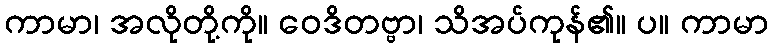
ကာမာ၊ အလိုတို့ကို။ ဝေဒိတဗ္ဗာ၊ သိအပ်ကုန်၏။ ပ။ ကာမာ